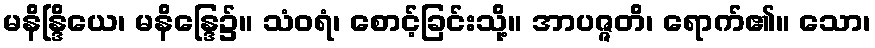
မနိန္ဒြိယေ၊ မနိန္ဒြေ၌။ သံဝရံ၊ စောင့်ခြင်းသို့။ အာပဇ္ဇတိ၊ ရောက်၏။ သော၊